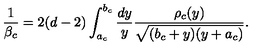
{ \frac { 1 } { \beta _ { c } } } = 2 ( d - 2 ) \int _ { a _ { c } } ^ { b _ { c } } { \frac { d y } { y } } { \frac { \rho _ { c } ( y ) } { \sqrt { ( b _ { c } + y ) ( y + a _ { c } ) } } } .